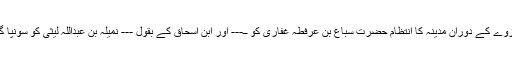
اس غزوے کے دوران مدینہ کا انتظام حضرت سباع بن عرفطہ غفاری کو ــ--- اور ابن اسحاق کے بقول --- نمیلہ بن عبداللہ لیثی کو سونپا گیا تھا۔